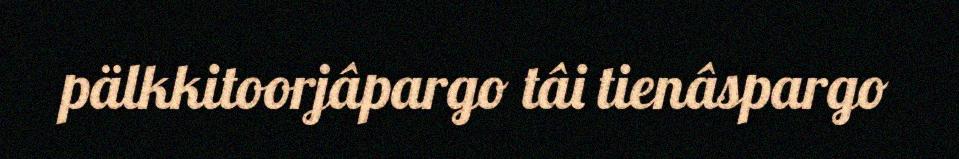
pälkkitoorjâpargo tâi tienâspargo